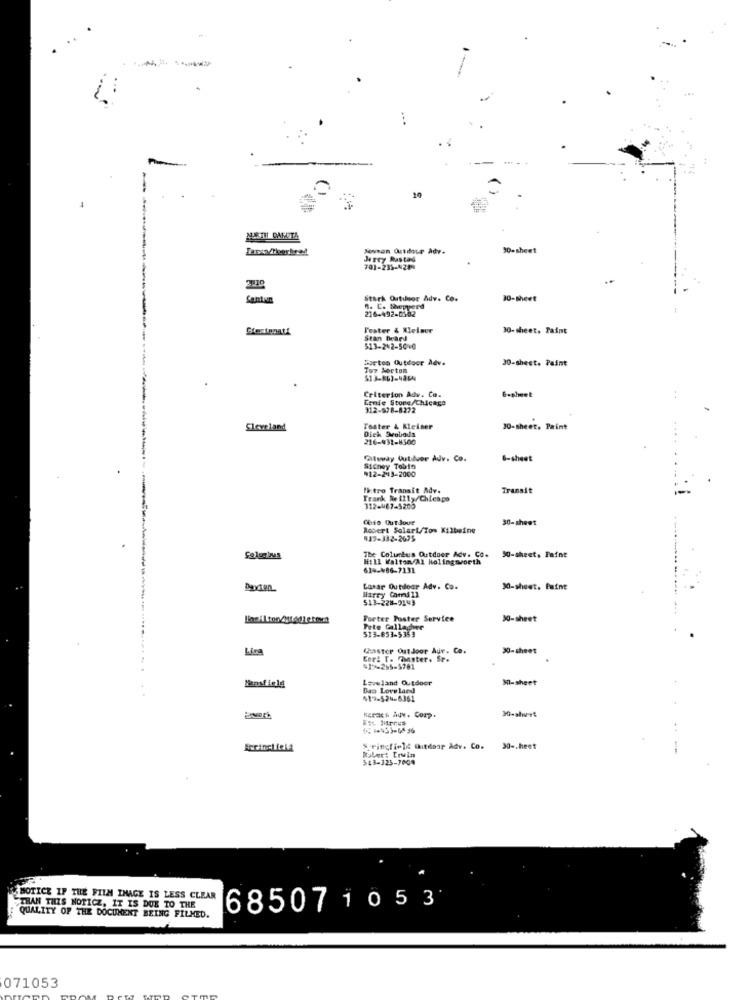
MARTH CARITA
30-sheet
Jerry Rastad
701-235-428-
Stark Outusor Adv. Co.
30-Sheet
216-492-0382
Fester & Kleleer
30- sheet. Paint
Stan Deard
513-242-5010
morton Outdoor Adv.
30-sheet. Paint
Tor Sortom
Criterion Adv. Co.
Ernie Store/Chicago
Gagheet
312-578-8272
Cleveland
Toster & Kleiser
Dick Svoboda
30-sheet. Paint
216-931-8500
ftwway Outider Adv. Co.
6-sheet
"12-243-2000
Sicney Tobin
Ik tro Transit Adv.
Transit
Frank Awilly/Chicago
312-467-5200
Chio Out Joue
30-sheet
Robert Solart/Tom Xilbeine
417-332-2695
The Columbus Outdoor Adv. Co.
Hill Walton/Al Holingsworth
50-sheets Faine
614-486-7131
Daxten
Harry Carmill
Lasar Outdoor Adv. Co.
30-sheet. Paint
513-228-9143
Forter Poster Service
30-sheet
Pete Gallagher
513-853-5353
Lire
Chaster Outdoor Aur. Co.
30-sheet
Cor: T. Thaster. Sp.
$1%-265-5781
Leveland Outdoor
M-sheet
Das Loveland
417-524-6361
Karach Adv. Comp.
30-shu-+4
..
Springfield Chitdoar Adv. Co. 30 -. heet
Robert Ervin
$43-323-3004
MOTICE IF THE FILM IMAGE IS LESS CLEAR
THAN THIS NOTICE, IT IS DUE TO THE
685071053
QUALITY OF THE DOCUMENT BEING FILMED.
071053